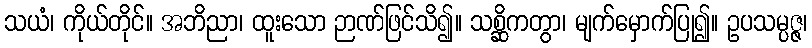
သယံ၊ ကိုယ်တိုင်။ အဘိညာ၊ ထူးသော ဉာဏ်ဖြင်သိ၍။ သစ္ဆိကတွာ၊ မျက်မှောက်ပြု၍။ ဥပသမ္ပဇ္ဇ၊